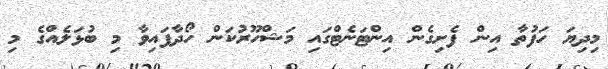
މިދިޔަ ހަފުތާ އިން ފެށިގެން އިންޓަނެޓްގައި މަޝްހޫރުކަން ހޯދާފައިވާ މި ބުޅަލެއްގެ މި